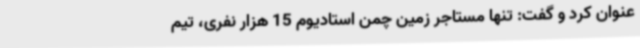
عنوان کرد و گفت: تنها مستاجر زمین چمن استادیوم 15 هزار نفری، تیم